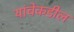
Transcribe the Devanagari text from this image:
यांचेकडील